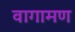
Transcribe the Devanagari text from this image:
वागामण